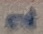
Text: 1